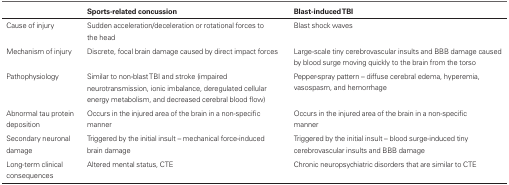
|  | Sports-related concussion | Blast-induced TBI |
 | --- | --- | --- |
 | Cause of injury | Sudden acceleration/deceleration or rotational forces to the head | Blast shock waves |
 | Mechanism of injury | Discrete, focal brain damage caused by direct impact forces | Large-scale tiny cerebrovascular insults and BBB damage caused by blood surge moving quickly to the brain from the torso |
 | Pathophysiology | Similar to non-blast TBI and stroke (impaired neurotransmission, ionic imbalance, deregulated cellular energy metabolism, and decreased cerebral blood flow) | Pepper-spray pattern – diffuse cerebral edema, hyperemia, vasospasm, and hemorrhage |
 | Abnormal tau protein deposition | Occurs in the injured area of the brain in a non-specific manner | Occurs in the injured area of the brain in a non-specific manner |
 | Secondary neuronal damage | Triggered by the initial insult – mechanical force-induced brain damage | Triggered by the initial insult – blood surge-induced tiny cerebrovascular insults and BBB damage |
 | Long-term clinical consequences | Altered mental status, CTE | Chronic neuropsychiatric disorders that are similar to CTE |